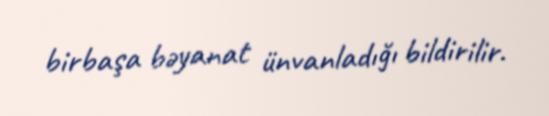
birbaşa bəyanat ünvanladığı bildirilir.